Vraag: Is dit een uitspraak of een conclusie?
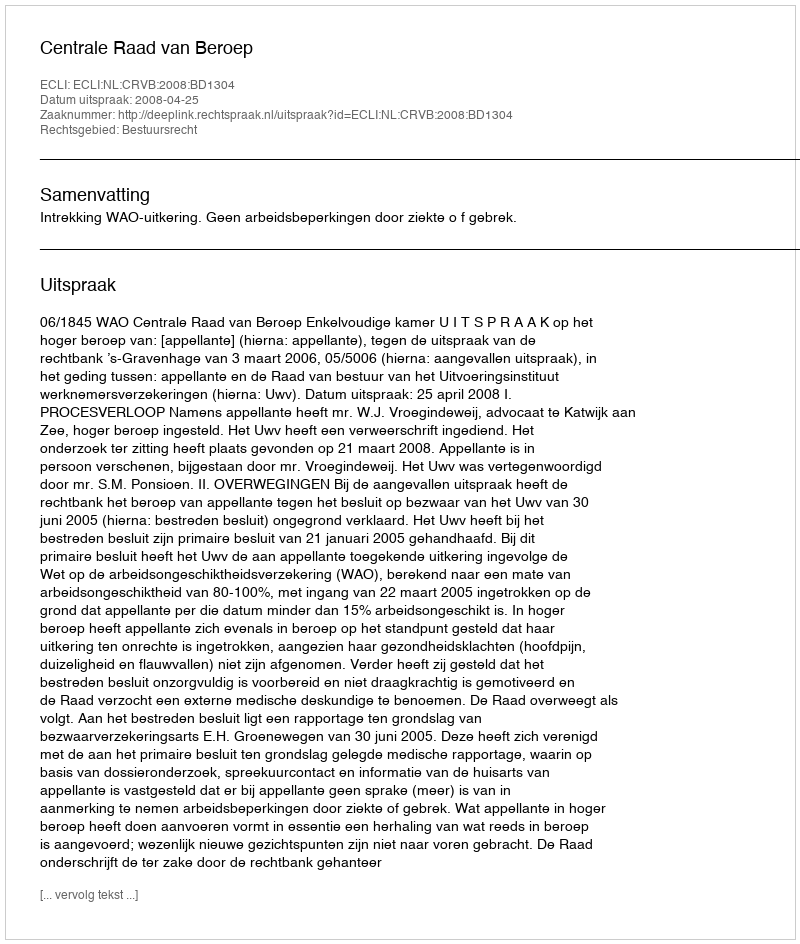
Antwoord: Uitspraak